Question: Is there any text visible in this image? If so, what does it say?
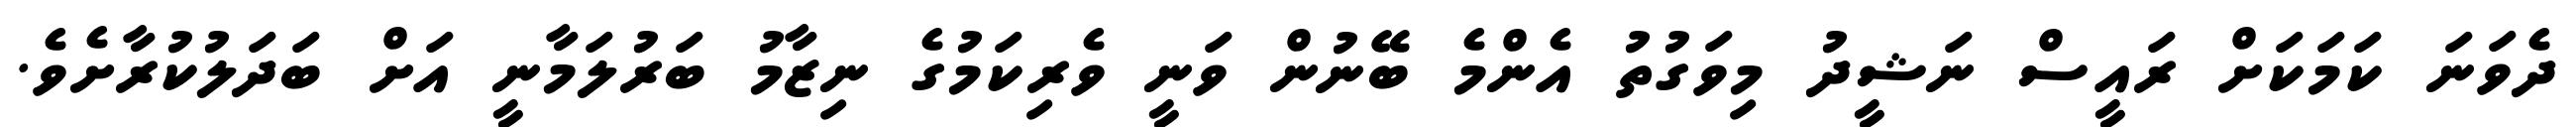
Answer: ދެވަނަ ކަމަކަށް ރައީސް ނަޝީދު މިވަގުތު އެންމެ ބޭނުން ވަނީ ވެރިކަމުގެ ނިޒާމު ބަރުލަމާނީ އަށް ބަދަލުކުރާށެވެ.